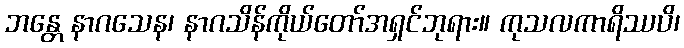
ဘန္တေ နာဂသေန၊ နာဂသိန်ကိုယ်တော်အရှင်ဘုရား။ ကုသလကာရိဿပိ၊